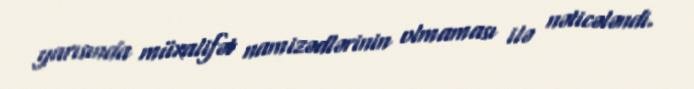
yarısında müxalifət namizədlərinin olmaması ilə nəticələndi.